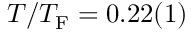
T / T _ { \mathrm { F } } = 0 . 2 2 ( 1 )